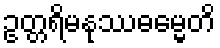
ဥတ္တရိမနုဿဓမ္မေတိ